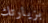
بزيارتك